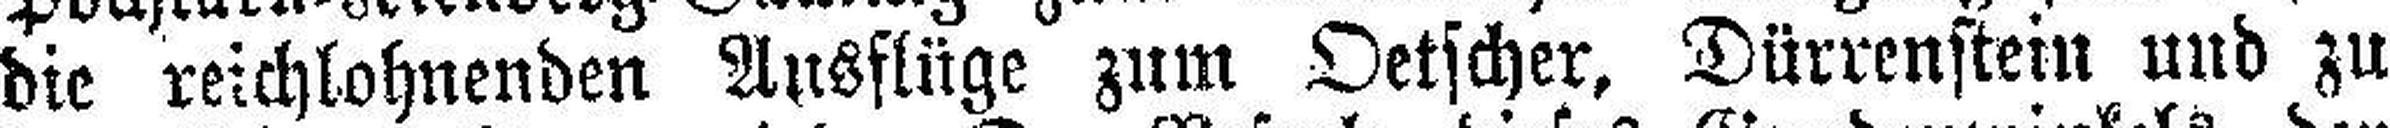
die reichlohnenden Ausflüge zum Oetscher, Dürrenstein und zu